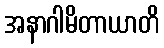
အနာဂါမိတာယာတိ